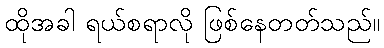
ထိုအခါ ရယ်စရာလို ဖြစ်နေတတ်သည်။